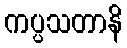
ကပ္ပသတာနိ